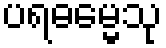
ပရဓမ္မေသု